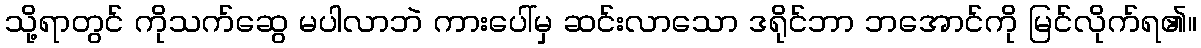
သို့ရာတွင် ကိုသက်ဆွေ မပါလာဘဲ ကားပေါ်မှ ဆင်းလာသော ဒရိုင်ဘာ ဘအောင်ကို မြင်လိုက်ရ၏။